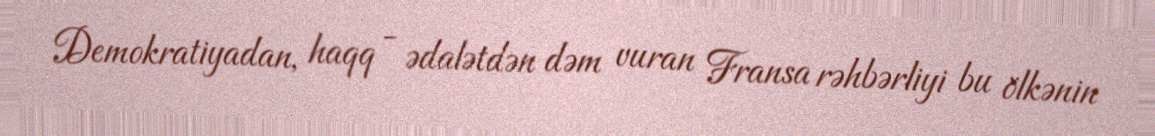
Demokratiyadan, haqq - ədalətdən dəm vuran Fransa rəhbərliyi bu ölkənin